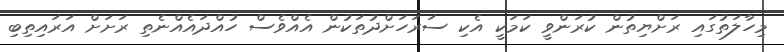
މިހާލަތުގައި ރަށްޔިތުން ކުރަންވީ ކަމަކީ އެކި ސަރަހަށްދުތަކުން އެއްވެސް ހުއްދައެއްނެތި ރަށަށް އަރައިތިބި